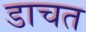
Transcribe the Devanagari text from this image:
डाचत